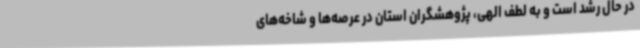
در حال رشد است و به لطف الهی، پژوهشگران استان در عرصه‌ها و شاخه‌های